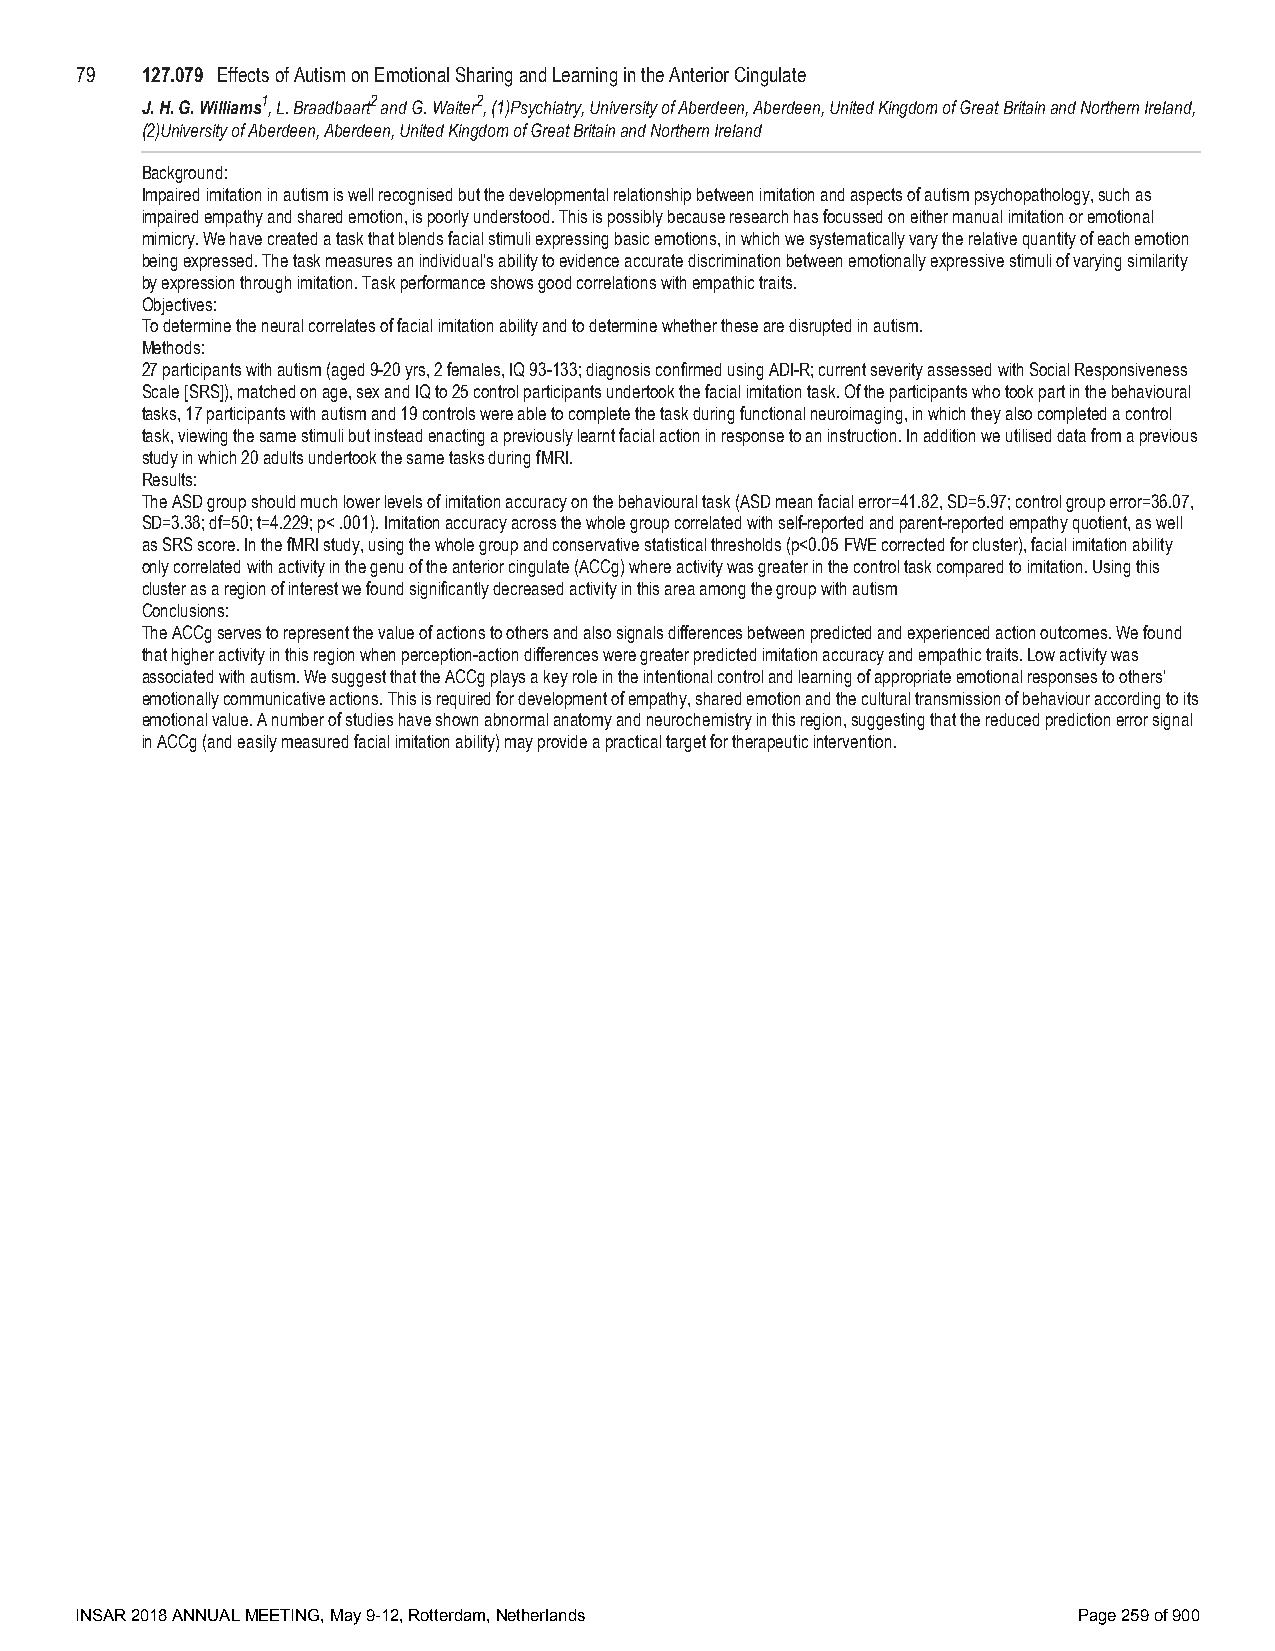
79  127.079 Effects of Autism on Emotional Sharing and Learning in the Anterior Cingulate
 J. H. G. Williams1, L. Braadbaart2 and G. Waiter2, (1)Psychiatry, University of Aberdeen, Aberdeen, United Kingdom of Great Britain and Northern Ireland,
 (2)University of Aberdeen, Aberdeen, United Kingdom of Great Britain and Northern Ireland
 Background:
 Impaired imitation in autism is well recognised but the developmental relationship between imitation and aspects of autism psychopathology, such as
 impaired empathy and shared emotion, is poorly understood. This is possibly because research has focussed on either manual imitation or emotional
 mimicry. We have created a task that blends facial stimuli expressing basic emotions, in which we systematically vary the relative quantity of each emotion
 being expressed. The task measures an individual’s ability to evidence accurate discrimination between emotionally expressive stimuli of varying similarity
 by expression through imitation. Task performance shows good correlations with empathic traits.
 Objectives:
 To determine the neural correlates of facial imitation ability and to determine whether these are disrupted in autism.
 Methods:
 27 participants with autism (aged 9-20 yrs, 2 females, IQ 93-133; diagnosis confirmed using ADI-R; current severity assessed with Social Responsiveness
 Scale [SRS]), matched on age, sex and IQ to 25 control participants undertook the facial imitation task. Of the participants who took part in the behavioural
 tasks, 17 participants with autism and 19 controls were able to complete the task during functional neuroimaging, in which they also completed a control
 task, viewing the same stimuli but instead enacting a previously learnt facial action in response to an instruction. In addition we utilised data from a previous
 study in which 20 adults undertook the same tasks during fMRI.
 Results:
 The ASD group should much lower levels of imitation accuracy on the behavioural task (ASD mean facial error=41.82, SD=5.97; control group error=36.07,
 SD=3.38; df=50; t=4.229; p< .001). Imitation accuracy across the whole group correlated with self-reported and parent-reported empathy quotient, as well
 as SRS score. In the fMRI study, using the whole group and conservative statistical thresholds (p<0.05 FWE corrected for cluster), facial imitation ability
 only correlated with activity in the genu of the anterior cingulate (ACCg) where activity was greater in the control task compared to imitation. Using this
 cluster as a region of interest we found significantly decreased activity in this area among the group with autism
 Conclusions:
 The ACCg serves to represent the value of actions to others and also signals differences between predicted and experienced action outcomes. We found
 that higher activity in this region when perception-action differences were greater predicted imitation accuracy and empathic traits. Low activity was
 associated with autism. We suggest that the ACCg plays a key role in the intentional control and learning of appropriate emotional responses to others’
 emotionally communicative actions. This is required for development of empathy, shared emotion and the cultural transmission of behaviour according to its
 emotional value. A number of studies have shown abnormal anatomy and neurochemistry in this region, suggesting that the reduced prediction error signal
 in ACCg (and easily measured facial imitation ability) may provide a practical target for therapeutic intervention.
 INSAR 2018 ANNUAL MEETING, May 9-12, Rotterdam, Netherlands       Page 259 of 900